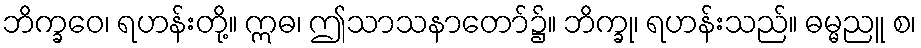
ဘိက္ခဝေ၊ ရဟန်းတို့။ ဣဓ၊ ဤသာသနာတော်၌။ ဘိက္ခု၊ ရဟန်းသည်။ ဓမ္မညူ စ၊